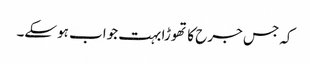
کہ جس جرح کا تھوڑا بہت جواب ہوسکے۔